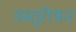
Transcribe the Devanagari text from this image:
उस्तुरीकर